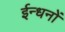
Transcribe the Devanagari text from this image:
ईन्धनों